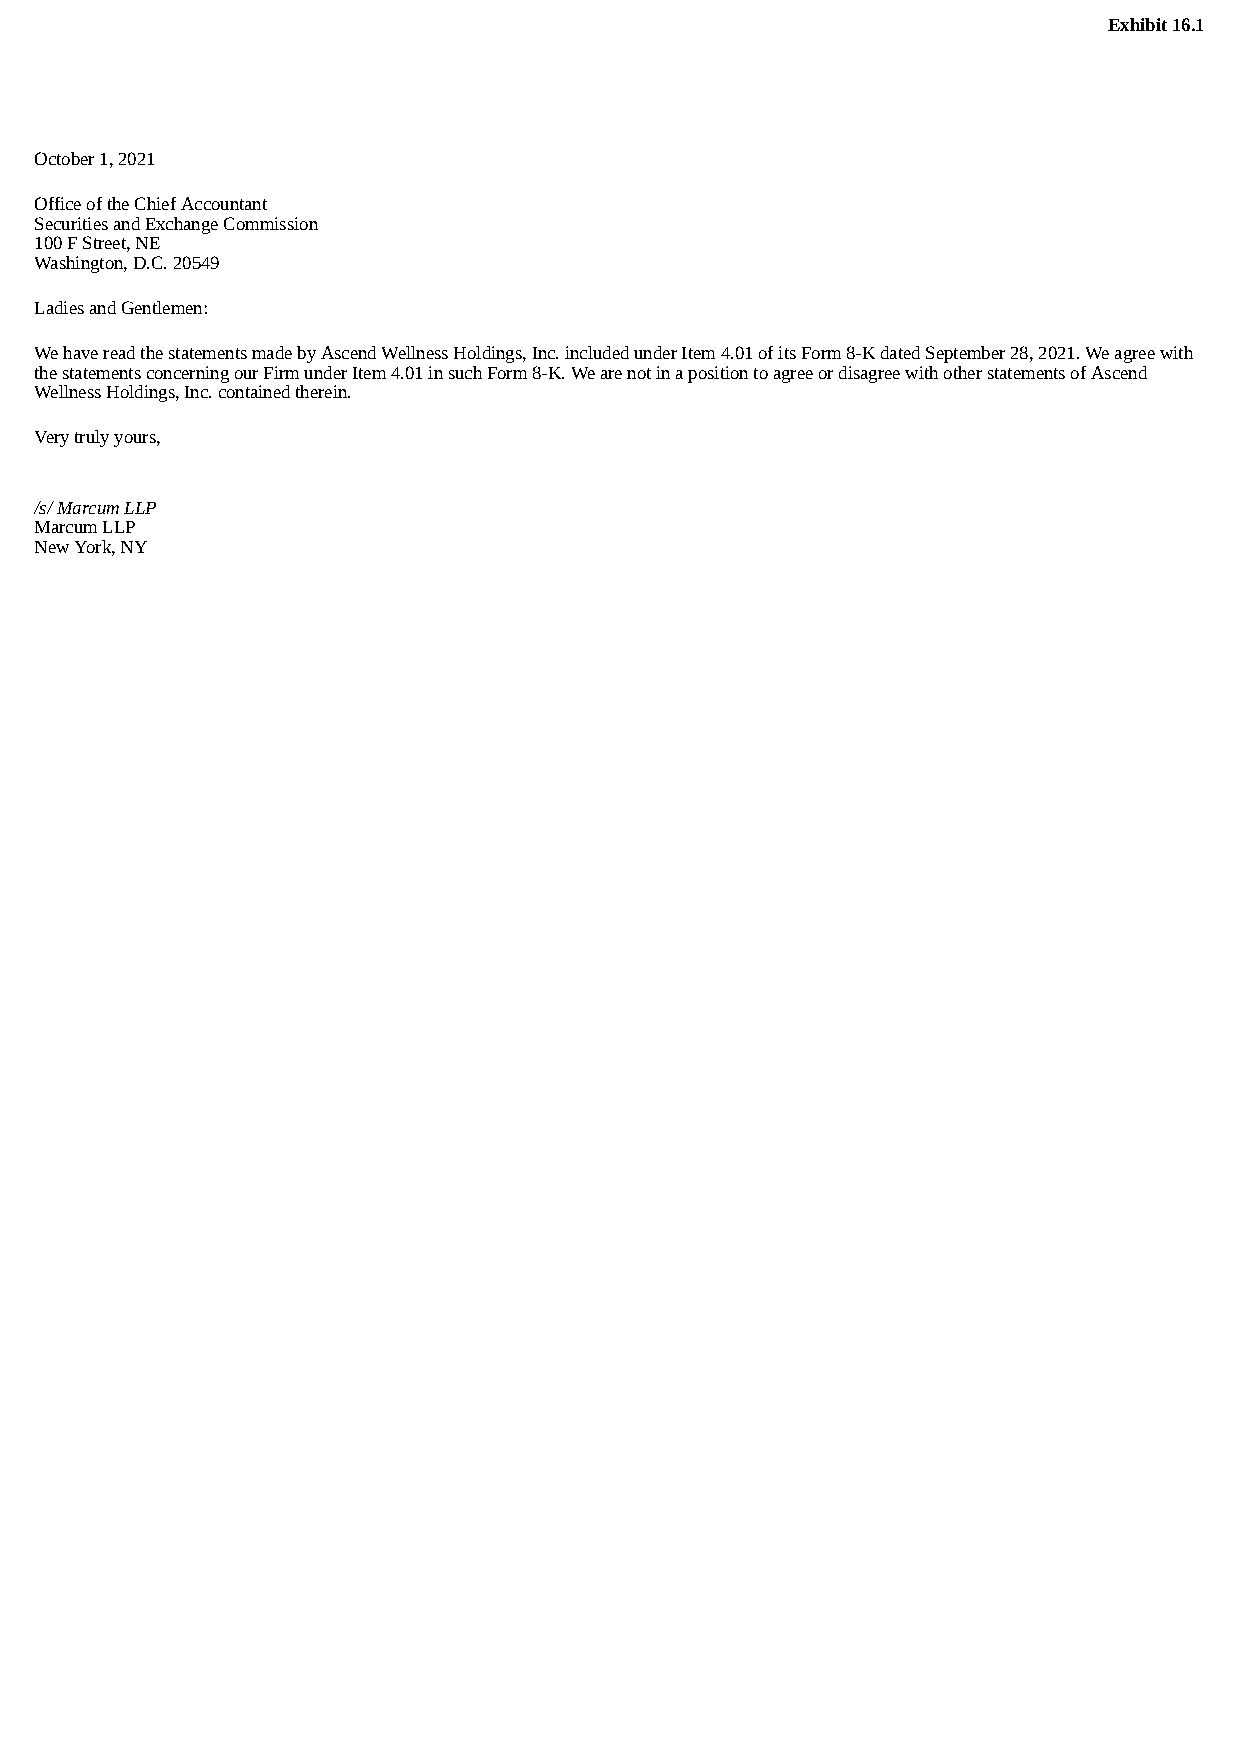
Exhibit 16.1
 October 1, 2021
 Office of the Chief Accountant
 Securities and Exchange Commission
 100 F Street, NE
 Washington, D.C. 20549
 Ladies and Gentlemen:
 We have read the statements made by Ascend Wellness Holdings, Inc. included under Item 4.01 of its Form 8-K dated September 28, 2021. We agree with
 the statements concerning our Firm under Item 4.01 in such Form 8-K. We are not in a position to agree or disagree with other statements of Ascend
 Wellness Holdings, Inc. contained therein.
 Very truly yours,
 /s/ Marcum LLP
 Marcum LLP
 New York, NY